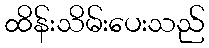
ထိန်းသိမ်းပေးသည်